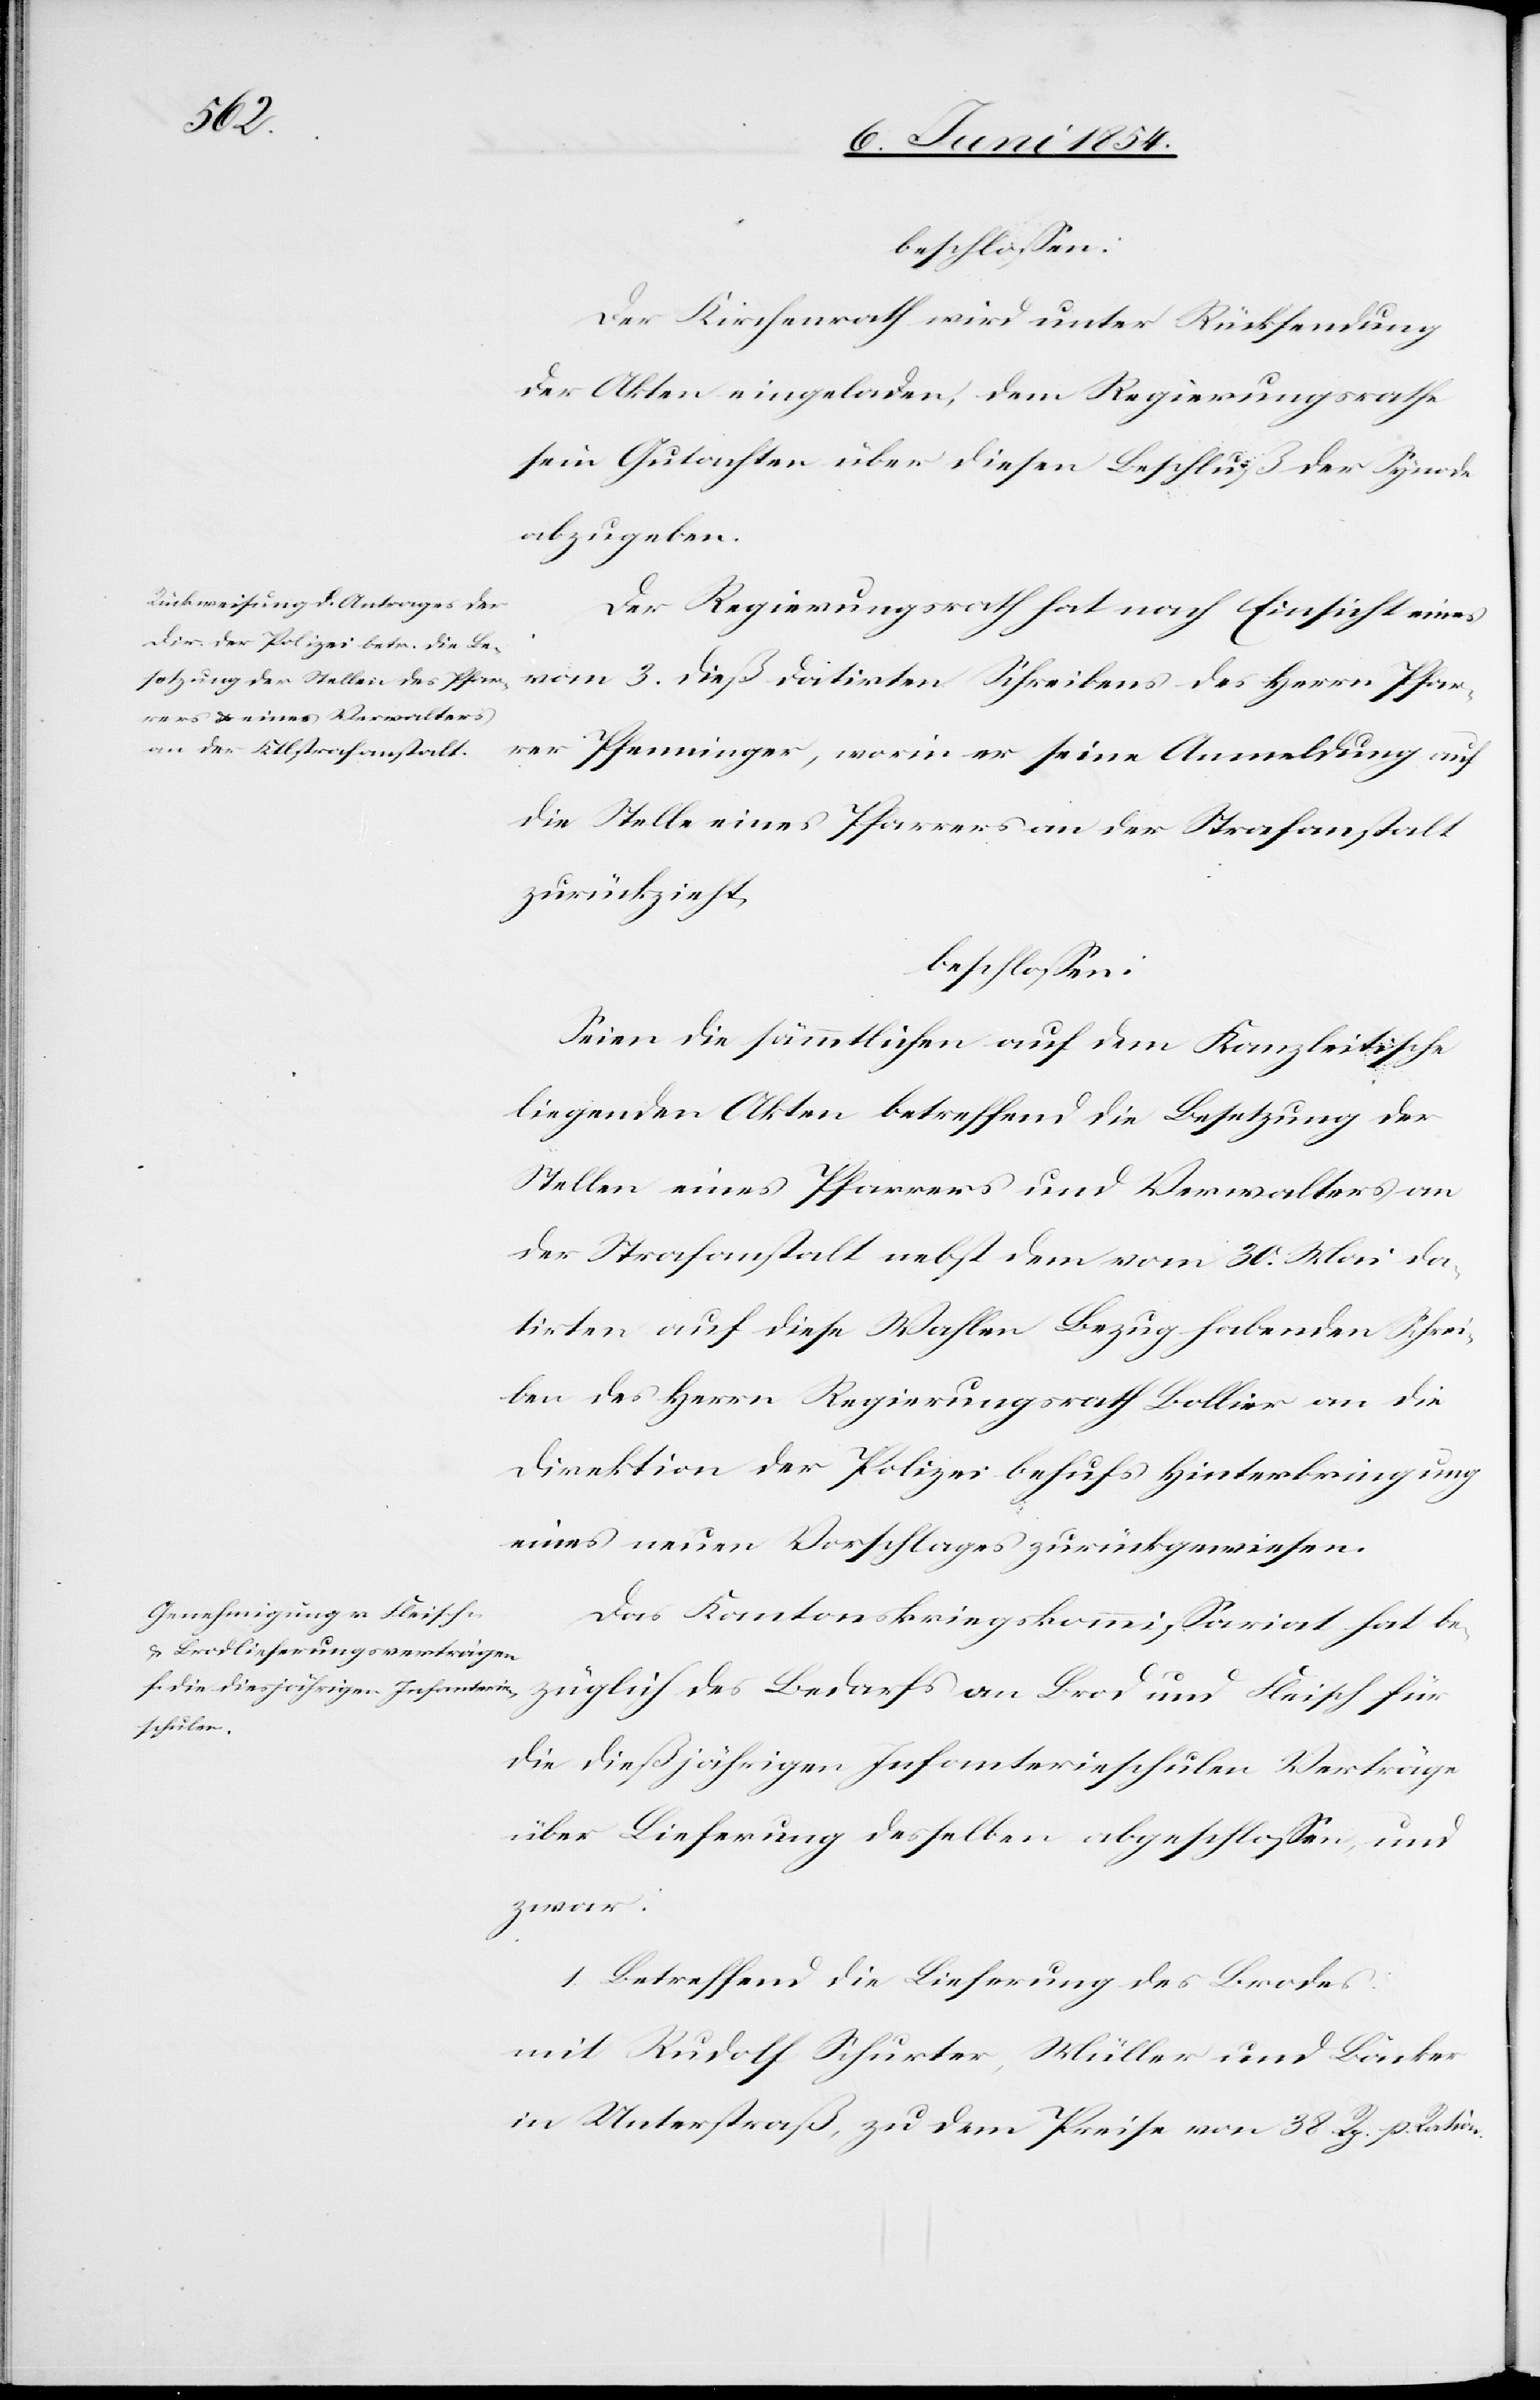
beschloßen:
Der Kirchenrath wird unter Rücksendung
der Akten eingeladen, dem Regierungsrathe
sein Gutachten über diesen Beschluß der Synode
abzugeben.
Der Regierungsrath hat nach Einsicht eines
vom 3. dieß datirten Schreibens des Herrn Pfar¬
rer Pfenninger, worin er seine Anmeldung auf
die Stelle eines Pfarrers an der Strafanstalt
zurückzieht,
beschloßen:
Seien die sämmtlichen auf dem Kanzleitische
liegenden Akten betreffend die Besetzung der
Stellen eines Pfarrers und Verwalters an
der Strafanstalt nebst dem vom 30. Mai da¬
tirten auf diese Wahlen Bezug habenden Schrei¬
ben des Herrn Regierungsrath Bollier an die
Direktion der Polizei behufs Hinterbringung
eines neuen Vorschlages zurückgewiesen.
Das Kantonskriegskommißariat hat be¬
züglich des Bedarfs an Brod und Fleisch für
die dießjährigen Infanterieschulen Verträge
über Lieferung desselben abgeschloßen, und
zwar:
1. Betreffend die Lieferung des Brodes:
mit Rudolf Schurter, Müller und Bäcker
in Unterstraß, zu dem Preise von 38 Rp. p. Ration.